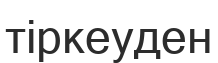
тіркеуден